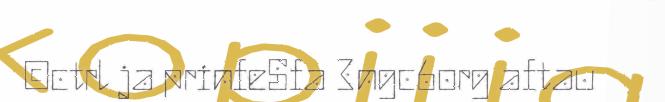
©ctrl ja prinfeSfa 3ngc6org aftau